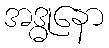
အဒ္ဓုနော